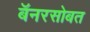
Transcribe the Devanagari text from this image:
बॅनरसोबत